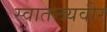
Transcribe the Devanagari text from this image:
स्वातन्त्र्यवीर